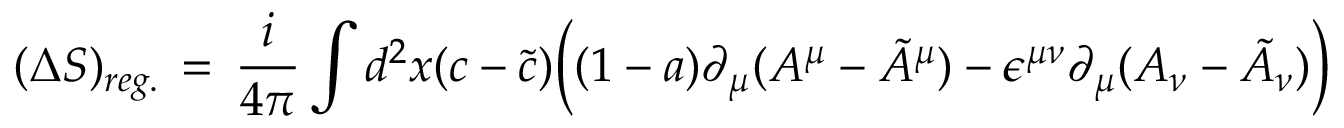
( \Delta S ) _ { r e g . } \, = \, { \frac { i } { 4 \pi } } \int d ^ { 2 } x ( c - \tilde { c } ) \Big ( ( 1 - a ) \partial _ { \mu } ( A ^ { \mu } - \tilde { A } ^ { \mu } ) - \epsilon ^ { \mu \nu } \partial _ { \mu } ( A _ { \nu } - \tilde { A } _ { \nu } ) \Big )